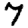
Digit: 7